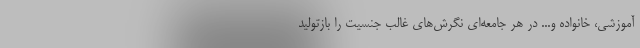
آموزشی، خانواده و... در هر جامعه‌ای نگرش‌های غالب جنسیت را بازتولید